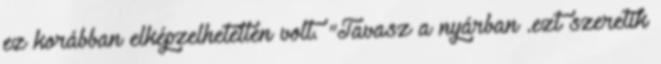
ez korábban elképzelhetetlen volt. "Tavasz a nyárban .ezt szeretik